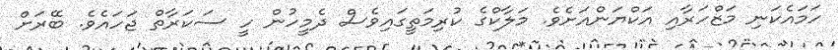
ހަމައެކަނި މަޒްހަރާއި އަކްޔަންއަށެވެ. މަލާކްގެ ކުރިމަތީގައިވެސް ދެމީހުން ހީ ސަކަރާތް ޖަހައެވެ. ބޭރަށް